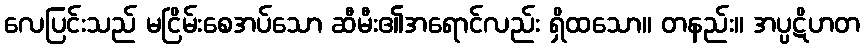
လေပြင်းသည် မငြိမ်းစေအပ်သော ဆီမီး၏အရောင်လည်း ရှိထသော။ တနည်း။ အပ္ပဋိဟတ